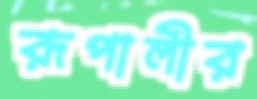
রূপালীর